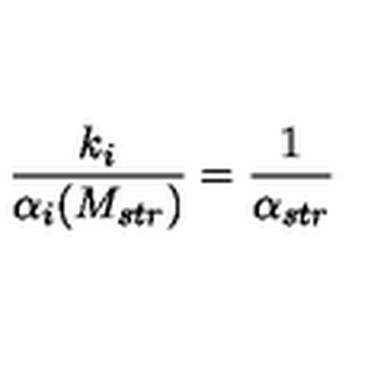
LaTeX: \frac { k _ { i } } { \alpha _ { i } ( M _ { s t r } ) } = { \frac { 1 } { \alpha _ { s t r } } }